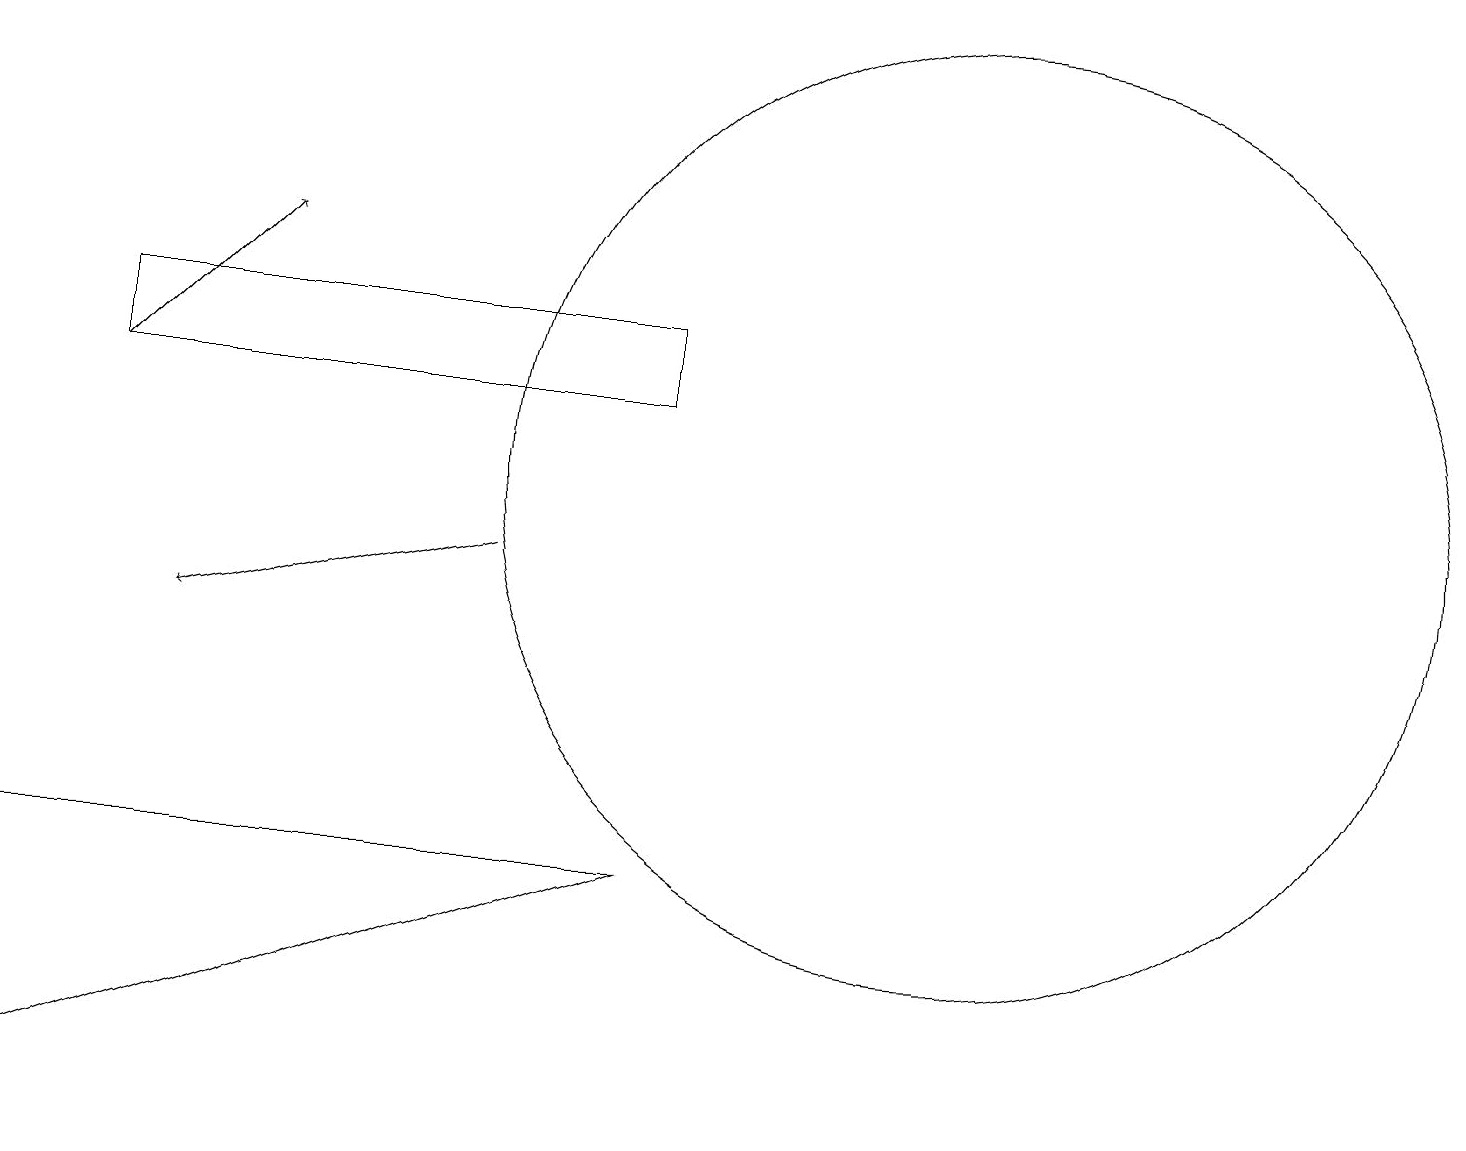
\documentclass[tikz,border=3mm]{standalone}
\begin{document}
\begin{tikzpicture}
\draw (12,12) circle (6);
\draw[->] (1,13) -- (3,15);
\draw (8,13) rectangle (1,14);
\draw[->] (6,11) -- (2,10);
\draw (8,7) -- (0,4) -- (0,7) -- cycle;
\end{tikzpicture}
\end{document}